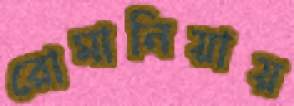
রোমানিয়ায়